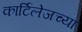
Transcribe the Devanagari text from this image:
कार्टिलेजच्या